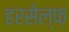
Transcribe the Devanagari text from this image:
हरसेल्फ़